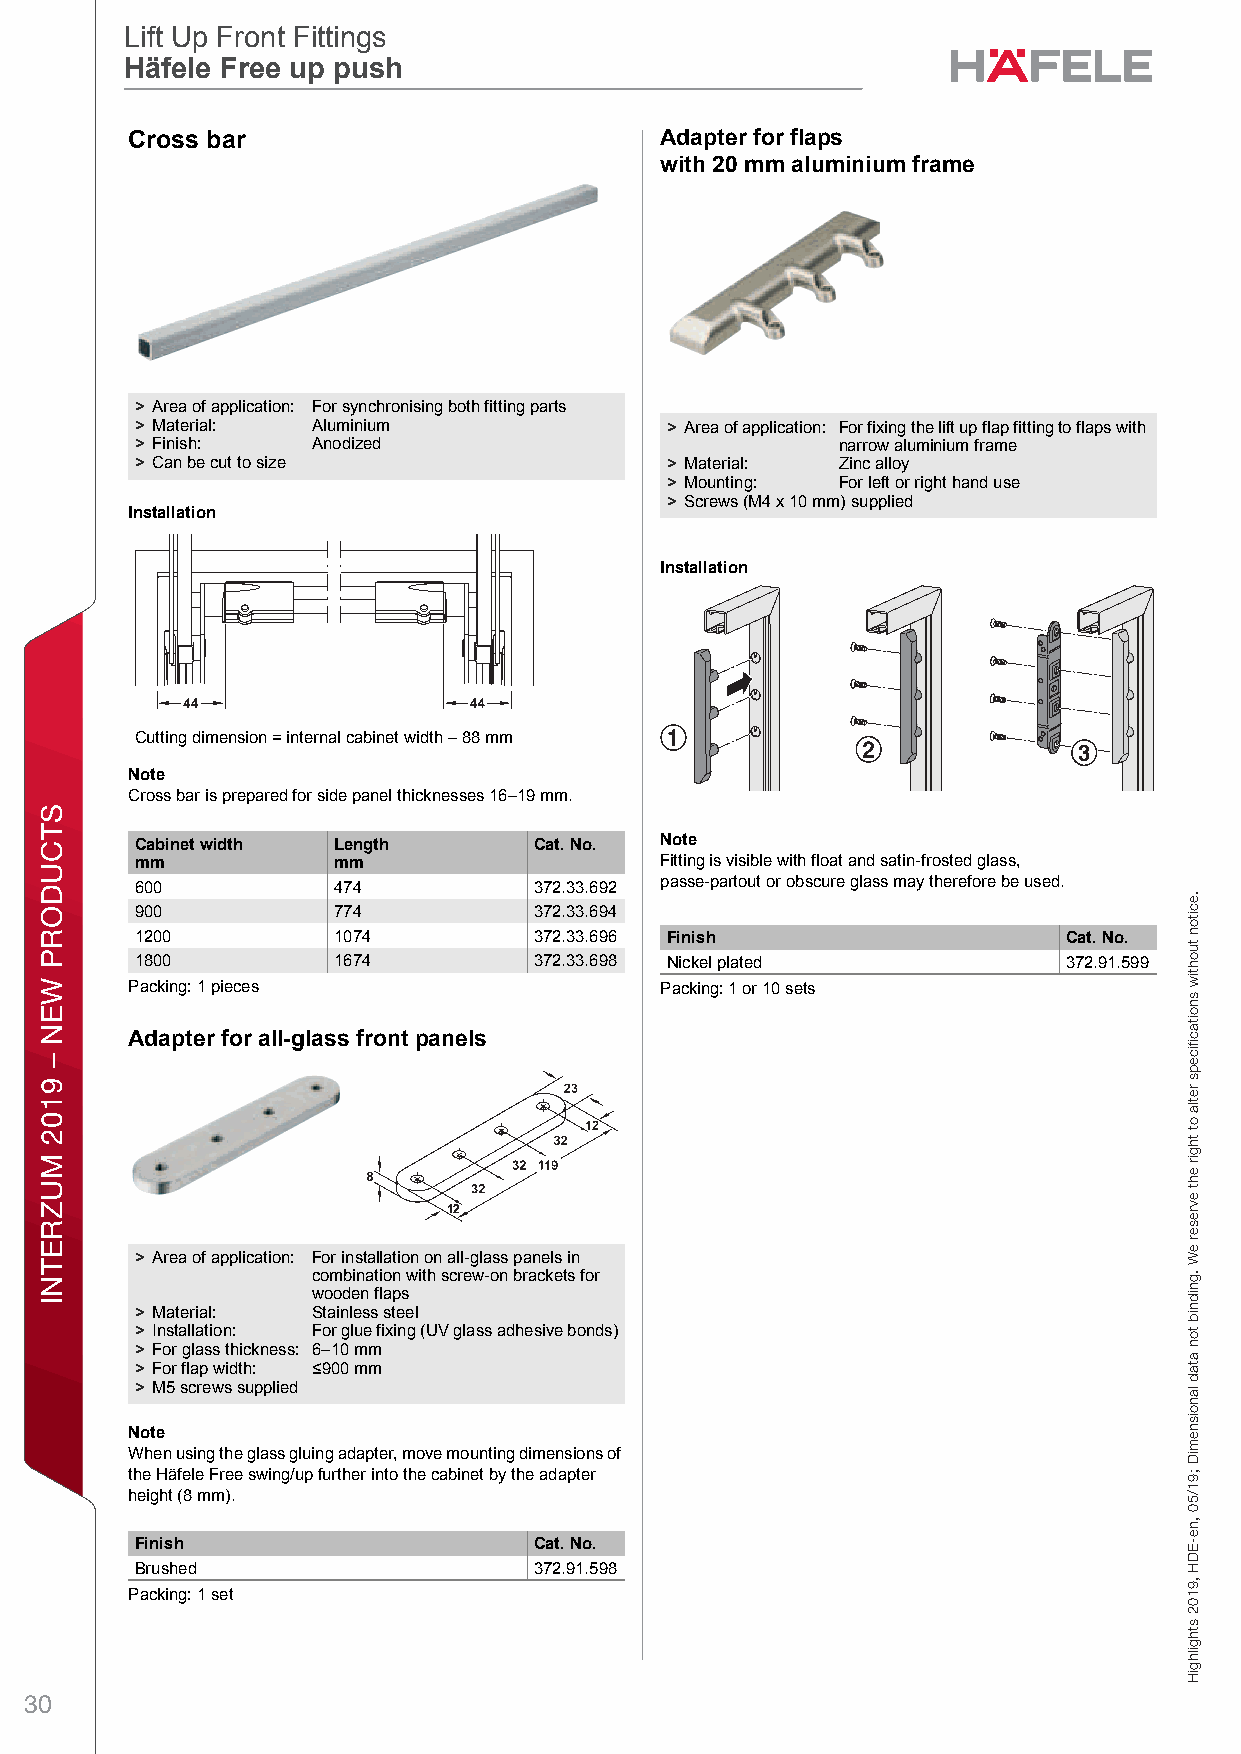
Lift Up Front Fittings
 Lift Up Front Fittings
 Häfele Free up push
 Häfele Free up – Accessories
 Swing-Up Front FittingsFlap fittings Häfele Free E-Drive – Swing-up front fitting – accessoriesPlanning and ConstructionDimensional data not binding. We reserve the right to alter specifications without notice.
 HCäfele Flarp FittoingsLift Usp Fronst Fitting sHäbfele Freea up – ArccessoriesPlanning and ConstructionDimensional data not binding. We reserve the right to alter specifications without notice. Adapter for flaps
 with 20 mm aluminium frame
 5
 > Area of application: For synchronising both fitting parts
 > Material: Aluminium              > Area of application: For fixing the lift up flap fitting to flaps with
 > Finish:   Anodized                           narrow aluminium frame
 > Can be cut to size               > Material: Zinc alloy
 > Mounting: For left or right hand use
 > Screws (M4 x 10 mm) supplied
 Installation
 Installation
 Cutting dimension = internal cabinet width – 88 mm
 Note
 Cross bar is prepared for side panel thicknesses 16–19 mm.
 Cabinet width Length      Cat. No. Note
 mm           mm                    Fitting is visible with float and satin-frosted glass,
 600          474          372.33.692 passe-partout or obscure glass may therefore be used.
 900          774          372.33.694
 1200         1074         372.33.696 Finish                   Cat. No.
 1800         1674         372.33.698 Nickel plated            372.91.599
 Packing: 1 pieces                  Packing: 1 or 10 sets
 Adapter for all-glass front panels
 > Area of application: For installation on all-glass panels in
 combination with screw-on brackets for
 wooden flaps
 > Material: Stainless steel
 > Installation: For glue fixing (UV glass adhesive bonds)
 > For glass thickness: 6–10 mm
 > For flap width: <900 mm
 > M5 screws supplied
 Note
 When using the glass gluing adapter, move mounting dimensions of
 the Häfele Free swing/up further into the cabinet by the adapter
 height (8 mm).
 Finish                    Cat. No.
 Brushed                   372.91.598
 Packing: 1 set
 30
 STCUDORP
 WEN
 –
 9102
 MUZRETNI
 sgnittiF
 palF
 elefäH
 .eciton
 tuohtiw
 snoitacfiiceps
 retla
 ot
 thgir
 eht
 evreser
 eW
 .gnidnib
 ton
 atad
 lanoisnemiD
 ;91/50
 ,ne-EDH
 ,9102
 sthgilhgiH